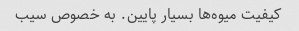
کیفیت میوه‌ها بسیار پایین. به خصوص سیب